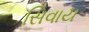
સિવાય